Vaccination in Bombay 1869-1873 - 1869-1873
Year: 1869
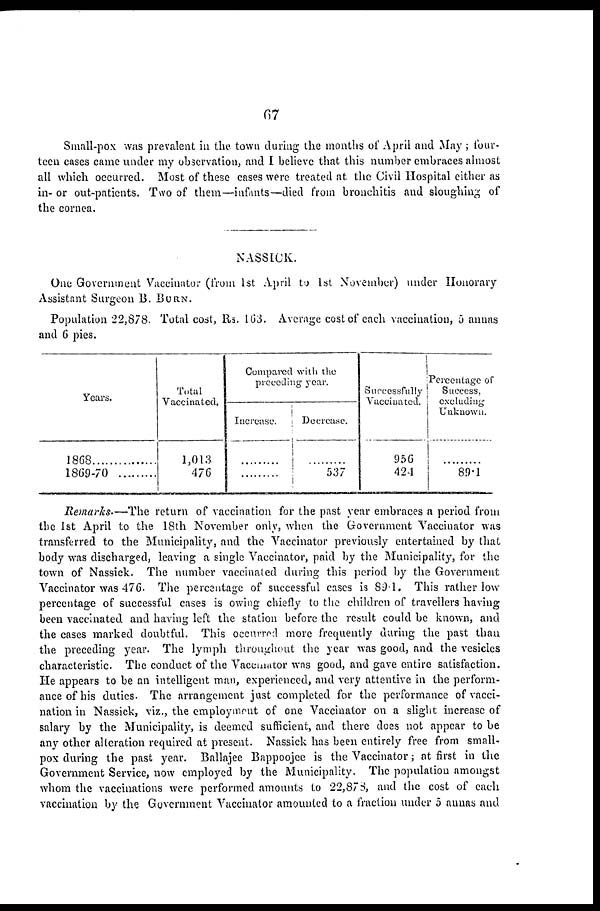
67
Small-pox was prevalent in the town during the months of April and May; four-
teen cases came under my observation, and I believe that this number embraces almost
all which occurred. Most of these cases were treated at the Civil Hospital either as
in- or out-patients. Two of them—infants—died from bronchitis and sloughing of
the cornea.
NASSICK.
One Government Vaccinator (from 1st April to 1st November) under Honorary
Assistant Surgeon B. BURN.
Population 22,878. Total cost, Rs. 163. Average cost of each vaccination, 5 annas
and 6 pies.
Years.
1868
1869-70
Total
Vaccinated.
1,013
476
Compared with the
preceding year.
Increase.
...........
...........
Decrease.
...........
537
Successfully
Vaccinated.
956
424
Percentage of
Success,
excluding
Unknown.
...........
89.1
Remarks.—The return of vaccination for the past year embraces a period from
the 1st April to the 18th November only, when the Government Vaccinator was
transferred to the Municipality, and the Vaccinator previously entertained by that
body was discharged, leaving a single Vaccinator, paid by the Municipality, for the
town of Nassick. The number vaccinated during this period by the Government
Vaccinator was 476. The percentage of successful cases is 89.1. This rather low
percentage of successful cases is owing chiefly to the children of travellers having
been vaccinated and having left the station before the result could be known, and
the cases marked doubtful. This occurred more frequently during the past than
the preceding year. The lymph throughout the year was good, and the vesicles
characteristic. The conduct of the Vaccinator was good, and gave entire satisfaction.
He appears to be an intelligent man, experienced, and very attentive in the perform-
ance of his duties. The arrangement just completed for the performance of vacci-
nation in Nassick, viz., the employment of one Vaccinator on a slight increase of
salary by the Municipality, is deemed sufficient, and there does not appear to be
any other alteration required at present. Nassick has been entirely free from small-
pox during the past year. Ballajee Bappoojee is the Vaccinator; at first in the
Government Service, now employed by the Municipality. The population amongst
whom the vaccinations were performed amounts to 22,878, and the cost of each
vaccination by the Government Vaccinator amounted to a fraction under 5 annas and